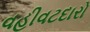
વહીવટદારો